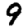
Digit: 9